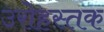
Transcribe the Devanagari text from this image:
उरोहस्तक